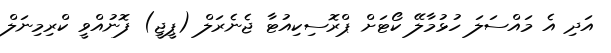
އަދި އެ މައްސަލަ ހުޅުމާލޭ ކޯޓަށް ޕްރޮސިކިއުޓާ ޖެނެރަލް (ޕީޖީ) ފޮނުއްވީ ކްރިމިނަލް